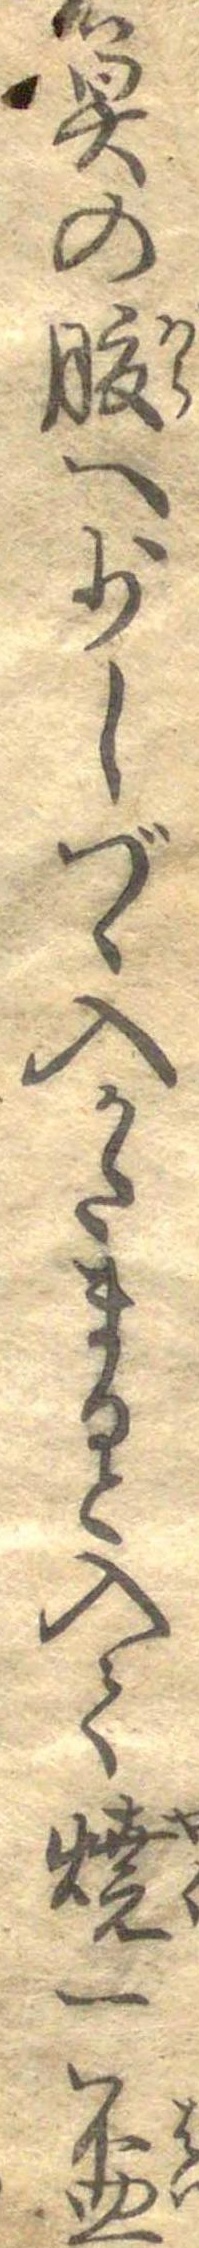
魚の腹へ少しづゝ入かたまると入て焼一杯